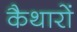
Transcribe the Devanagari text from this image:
कैथारों